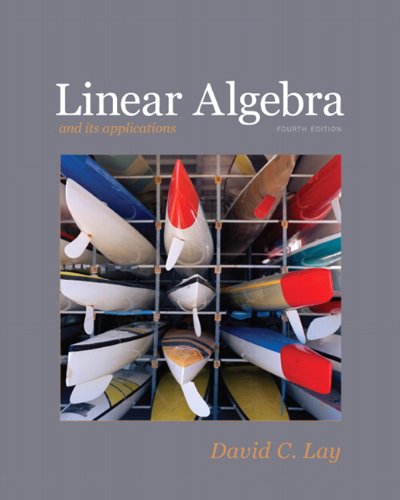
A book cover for Linear Algebra and Its Applications, 4th Edition; David C. Lay; Science & Math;